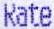
RATE